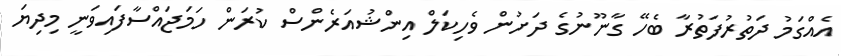
އެއްގަމު ދަތުރުފަތުރާ ބެހޭ ގާނޫނުގެ ދަށުން ވެހިކަލް އިންޝުއަރެންސް ކުރަން ހަމަޖައްސާފައިވަނީ މިދިޔަ